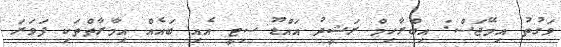
ވަގުތު އިމޭޖަސް: އިބްރާހިމް ރަޝީދު އައްޑޫ ސިޓީ އެއި ބައެއް އިމާރާތްތަކި ފަވަރަ